Civil Veterinary Dept. Bombay admin report 1914-1922 - 1914-1922
Year: 1914
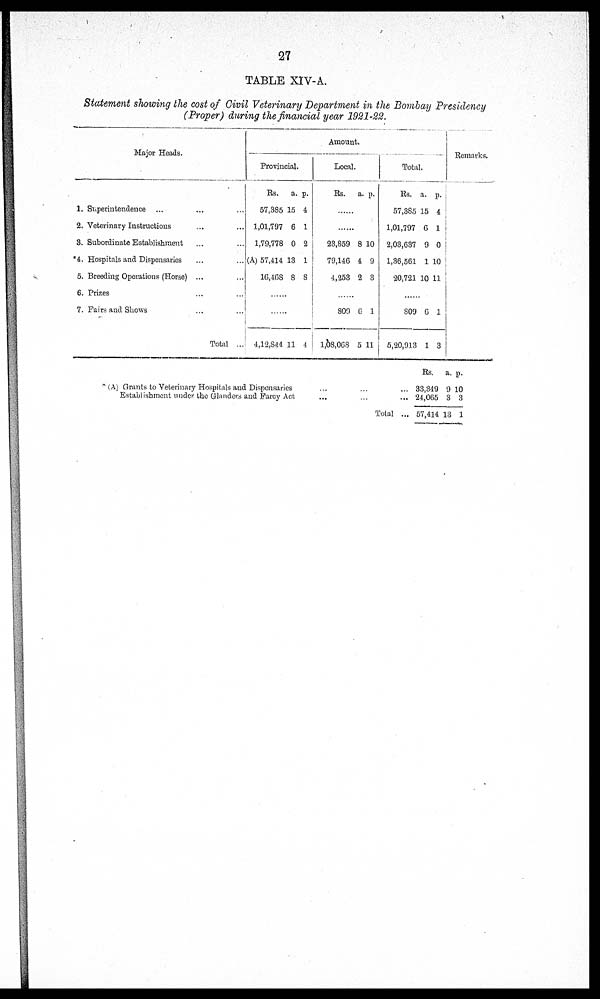
27
TABLE XIV-A.
Statement showing the cost of Civil Veterinary Department in the Bombay Presidency
(Proper) during the financial year 1921-22.
Major Heads.
1. Superintendence ... ... ...
2. Veterinary Instructions ... ... ...
8. Subordinate Establishment ... ...
4. Hospitals and Dispensaries ... ...
5. Breeding Operations (Horse) ... ...
6. Prizes ... ...
7. Fairs and Shows ... ...
Total ...
Amount.
Provincial.
Rs.
57,385
1,01,797
1,79,778
(A) 57,414
16,468
a.
15
6
0
13
8
p.
4
1
2
1
8
......
......
4,12,844 11 4
Local.
Rs. a. p.
......
......
23,859
79,146
4,253
8
4
2
10
9
3
......
809
1,08,068
6
5
1
11
Total.
Rs.
57,385
1,01,797
2,03,637
1,36,561
20,721
a.
15
6
9
1
10
p.
4
1
0
10
11
......
809
5,20,913
6
1
1
3
Remarks.
* (A) Grants to Veterinary Hospitals and Dispensaries .. ... ...
Establishment under the Glanders and Farcy Act ... ... ...
Total...
Rs.
33,349
24,065
57,414
a.
9
3
13
p.
10
3
1